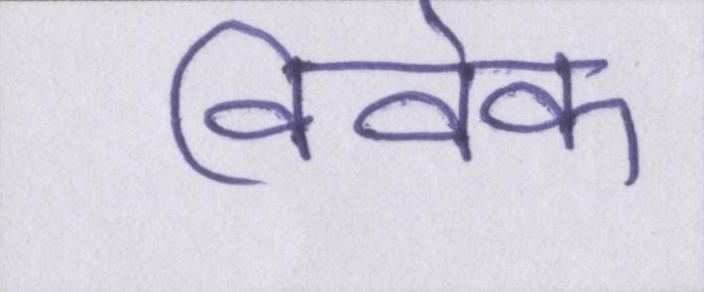
विवेक